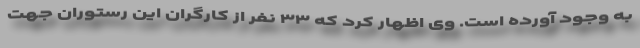
به وجود آورده است. وی اظهار کرد که ۳۳ نفر از کارگران این رستوران جهت